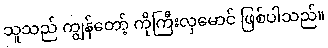
သူသည် ကျွန်တော့် ကိုကြီးလှမောင် ဖြစ်ပါသည်။